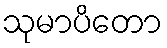
သုမာပိတော